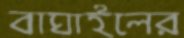
বাঘাইলের